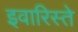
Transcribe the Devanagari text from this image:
इवारिस्ते